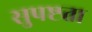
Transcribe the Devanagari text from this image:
सुपष्टता